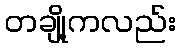
တချို့ကလည်း